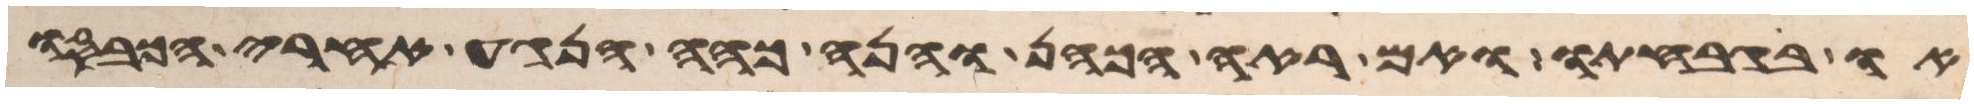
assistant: או בגבחתו ואם ראה הכהן והנה כהה הנגע אחרי הכבסו